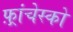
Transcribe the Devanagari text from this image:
फ़्रांचेस्को